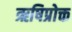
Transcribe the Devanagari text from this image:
ऋषिप्रोक्त